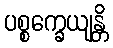
ပစ္စက္ခေယျန္တိ